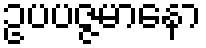
ဥပပဇ္ဇမာနော